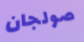
صولجان